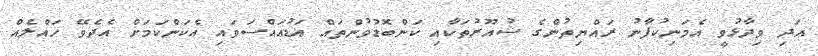
އަދި ވިދާޅުވީ އެމަނިކުފާނު ރައްޔިތުންގެ ޝުއޫރުުތަކާއި ކަންބޮޑުވުންތައް އަޑުއައްސަވައި އެކަންކަމަށް އެދެވޭ ހައްލެއް